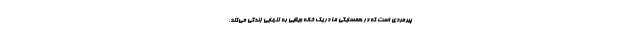
پیرمردی است که در همسایگی ما در یک خانه ویلایی به تنهایی زندگی می‌کند.